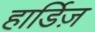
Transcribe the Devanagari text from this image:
हार्डिज़